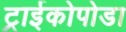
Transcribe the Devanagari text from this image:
ट्राईकोपोडा